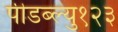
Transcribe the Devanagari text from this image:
पीडब्ल्यु१२३